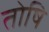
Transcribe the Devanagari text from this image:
तोषि